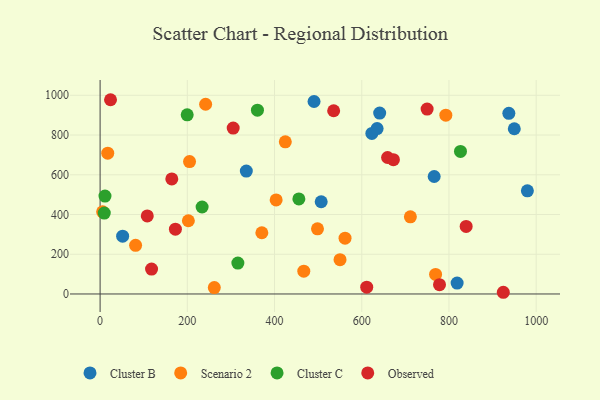
{"axis": {"x": "Engine Size", "y": "Demand"}, "legend": ["Cluster B", "Cluster C", "Observed", "Scenario 2"], "data": [{"x": "490.6", "y": 968.8, "type": "Cluster B"}, {"x": "979.8", "y": 519.0, "type": "Cluster B"}, {"x": "623.2", "y": 808.2, "type": "Cluster B"}, {"x": "51.7", "y": 291.1, "type": "Cluster B"}, {"x": "818.7", "y": 54.8, "type": "Cluster B"}, {"x": "641.1", "y": 910.6, "type": "Cluster B"}, {"x": "766.1", "y": 591.2, "type": "Cluster B"}, {"x": "507.0", "y": 464.2, "type": "Cluster B"}, {"x": "949.8", "y": 831.7, "type": "Cluster B"}, {"x": "335.3", "y": 618.7, "type": "Cluster B"}, {"x": "937.3", "y": 909.5, "type": "Cluster B"}, {"x": "635.2", "y": 832.5, "type": "Cluster B"}, {"x": "467.1", "y": 115.0, "type": "Scenario 2"}, {"x": "769.3", "y": 98.4, "type": "Scenario 2"}, {"x": "242.0", "y": 955.0, "type": "Scenario 2"}, {"x": "711.5", "y": 388.3, "type": "Scenario 2"}, {"x": "370.9", "y": 308.3, "type": "Scenario 2"}, {"x": "205.1", "y": 666.6, "type": "Scenario 2"}, {"x": "792.8", "y": 900.1, "type": "Scenario 2"}, {"x": "5.8", "y": 413.7, "type": "Scenario 2"}, {"x": "202.4", "y": 368.7, "type": "Scenario 2"}, {"x": "550.2", "y": 172.9, "type": "Scenario 2"}, {"x": "81.4", "y": 245.1, "type": "Scenario 2"}, {"x": "17.5", "y": 708.7, "type": "Scenario 2"}, {"x": "561.7", "y": 281.0, "type": "Scenario 2"}, {"x": "261.9", "y": 32.4, "type": "Scenario 2"}, {"x": "403.7", "y": 473.2, "type": "Scenario 2"}, {"x": "498.5", "y": 327.9, "type": "Scenario 2"}, {"x": "424.7", "y": 765.6, "type": "Scenario 2"}, {"x": "199.7", "y": 901.7, "type": "Cluster C"}, {"x": "9.6", "y": 407.3, "type": "Cluster C"}, {"x": "360.8", "y": 924.9, "type": "Cluster C"}, {"x": "826.4", "y": 717.7, "type": "Cluster C"}, {"x": "455.8", "y": 478.4, "type": "Cluster C"}, {"x": "315.9", "y": 155.4, "type": "Cluster C"}, {"x": "233.9", "y": 437.9, "type": "Cluster C"}, {"x": "11.2", "y": 492.8, "type": "Cluster C"}, {"x": "749.9", "y": 930.7, "type": "Observed"}, {"x": "118.0", "y": 125.2, "type": "Observed"}, {"x": "924.6", "y": 8.6, "type": "Observed"}, {"x": "659.2", "y": 687.0, "type": "Observed"}, {"x": "164.4", "y": 579.3, "type": "Observed"}, {"x": "23.9", "y": 977.7, "type": "Observed"}, {"x": "778.3", "y": 46.6, "type": "Observed"}, {"x": "172.7", "y": 326.0, "type": "Observed"}, {"x": "672.6", "y": 675.8, "type": "Observed"}, {"x": "535.6", "y": 922.1, "type": "Observed"}, {"x": "839.4", "y": 340.2, "type": "Observed"}, {"x": "305.2", "y": 834.9, "type": "Observed"}, {"x": "611.4", "y": 34.5, "type": "Observed"}, {"x": "108.2", "y": 392.9, "type": "Observed"}]}